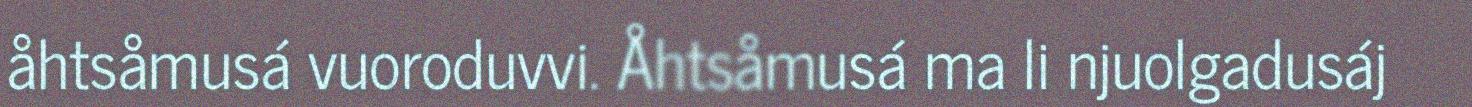
åhtsåmusá vuoroduvvi. Åhtsåmusá ma li njuolgadusáj